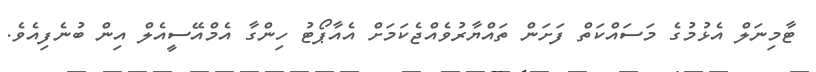
ޓާމިނަލް އެޅުމުގެ މަސައްކަތް ފަށަން ތައްޔާރުވެއްޖެކަމަށް އެއާޕޯޓު ހިންގާ އެމްއޭސީއެލް އިން ބުނެފިއެވެ.